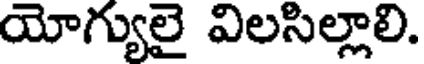
యోగ్యులై విలసిల్లాలి.